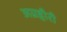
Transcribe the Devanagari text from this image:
अग्रहीरी